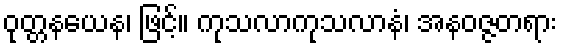
ဝုတ္တနယေန၊ ဖြင့်။ ကုသလာကုသလာနံ၊ အနဝဇ္ဇတရား